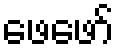
ဖေဖော်